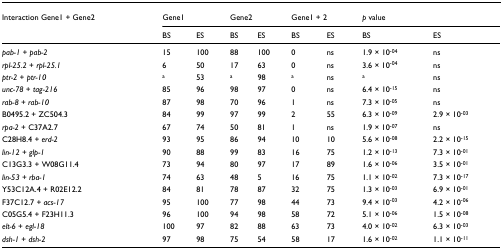
<table><thead><tr><td><b>Interaction Gene1 + Gene2</b></td><td colspan="2"><b>Gene1</b></td><td colspan="2"><b>Gene2</b></td><td colspan="2"><b>Gene1 + 2</b></td><td colspan="2"><b><i>p </i>value</b></td></tr><tr><td></td><td><b>BS</b></td><td><b>ES</b></td><td><b>BS</b></td><td><b>ES</b></td><td><b>BS</b></td><td><b>ES</b></td><td><b>BS</b></td><td><b>ES</b></td></tr></thead><tbody><tr><td><i>pab-1 </i>+ <i>pab-2</i></td><td>15</td><td>100</td><td>88</td><td>100</td><td>0</td><td>ns</td><td>1.9 × 10<sup>-04</sup></td><td>ns</td></tr><tr><td><i>rpl-25.2 </i>+ <i>rpl-25.1</i></td><td>6</td><td>50</td><td>17</td><td>63</td><td>0</td><td>ns</td><td>3.6 × 10<sup>-04</sup></td><td>ns</td></tr><tr><td><i>ptr-2 </i>+ <i>ptr-10</i></td><td><sup>a</sup></td><td>53</td><td><sup>a</sup></td><td>98</td><td><sup>a</sup></td><td>ns</td><td><sup>a</sup></td><td>ns</td></tr><tr><td><i>unc-78 </i>+ <i>tag-216</i></td><td>85</td><td>96</td><td>98</td><td>97</td><td>0</td><td>ns</td><td>6.4 × 10<sup>-15</sup></td><td>ns</td></tr><tr><td><i>rab-8 </i>+ <i>rab-10</i></td><td>87</td><td>98</td><td>70</td><td>96</td><td>1</td><td>ns</td><td>7.3 × 10<sup>-05</sup></td><td>ns</td></tr><tr><td>B0495.2 + ZC504.3</td><td>84</td><td>99</td><td>97</td><td>99</td><td>2</td><td>55</td><td>6.3 × 10<sup>-09</sup></td><td>2.9 × 10<sup>-03</sup></td></tr><tr><td><i>rpa-2 </i>+ C37A2.7</td><td>67</td><td>74</td><td>50</td><td>81</td><td>1</td><td>ns</td><td>1.9 × 10<sup>-07</sup></td><td>ns</td></tr><tr><td>C28H8.4 + <i>erd-2</i></td><td>93</td><td>95</td><td>86</td><td>94</td><td>10</td><td>10</td><td>5.6 × 10<sup>-08</sup></td><td>2.2 × 10<sup>-15</sup></td></tr><tr><td><i>lin-12 </i>+ <i>glp-1</i></td><td>90</td><td>88</td><td>99</td><td>83</td><td>16</td><td>75</td><td>1.2 × 10<sup>-13</sup></td><td>7.3 × 10<sup>-01</sup></td></tr><tr><td>C13G3.3 + W08G11.4</td><td>73</td><td>94</td><td>80</td><td>97</td><td>17</td><td>89</td><td>1.6 × 10<sup>-06</sup></td><td>3.5 × 10<sup>-01</sup></td></tr><tr><td><i>lin-53 </i>+ <i>rba-1</i></td><td>74</td><td>63</td><td>48</td><td>5</td><td>16</td><td>75</td><td>1.1 × 10<sup>-02</sup></td><td>7.3 × 10<sup>-17</sup></td></tr><tr><td>Y53C12A.4 + R02E12.2</td><td>84</td><td>81</td><td>78</td><td>87</td><td>32</td><td>75</td><td>1.3 × 10<sup>-03</sup></td><td>6.9 × 10<sup>-01</sup></td></tr><tr><td>F37C12.7 + <i>acs-17</i></td><td>95</td><td>100</td><td>77</td><td>98</td><td>44</td><td>73</td><td>9.4 × 10<sup>-03</sup></td><td>4.2 × 10<sup>-06</sup></td></tr><tr><td>C05G5.4 + F23H11.3</td><td>96</td><td>100</td><td>94</td><td>98</td><td>58</td><td>72</td><td>5.1 × 10<sup>-06</sup></td><td>1.5 × 10<sup>-08</sup></td></tr><tr><td><i>elt-6 </i>+ <i>egl-18</i></td><td>100</td><td>97</td><td>82</td><td>88</td><td>63</td><td>73</td><td>4.0 × 10<sup>-02</sup></td><td>6.3 × 10<sup>-03</sup></td></tr><tr><td><i>dsh-1 </i>+ <i>dsh-2</i></td><td>97</td><td>98</td><td>75</td><td>54</td><td>58</td><td>17</td><td>1.6 × 10<sup>-02</sup></td><td>1.1 × 10<sup>-11</sup></td></tr></tbody></table>